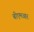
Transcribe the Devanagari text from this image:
बीएमआर